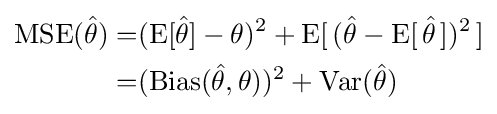
{\begin{aligned}\operatorname {MSE} ({\hat {\theta }})=&(\operatorname {E} [{\hat {\theta }}]-\theta )^{2}+\operatorname {E} [\,({\hat {\theta }}-\operatorname {E} [\,{\hat {\theta }}\,])^{2}\,]\\=&(\operatorname {Bias} ({\hat {\theta }},\theta ))^{2}+\operatorname {Var} ({\hat {\theta }})\end{aligned}}